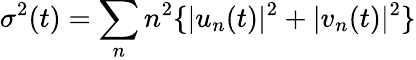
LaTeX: \sigma^{2}(t)=\sum_{n}n^{2}\{ |u_{n}(t)|^{2}+|v_{n}(t)|^{2}\}